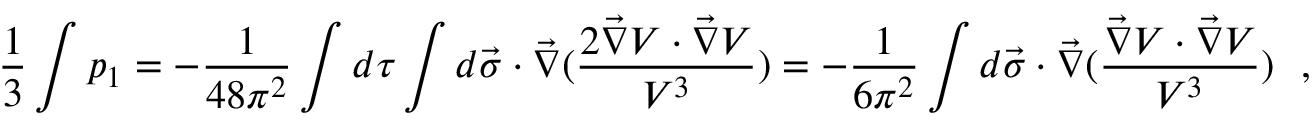
\frac { 1 } { 3 } \int p _ { 1 } = - \frac { 1 } { 4 8 \pi ^ { 2 } } \int d \tau \int d \vec { \sigma } \cdot \vec { \nabla } ( \frac { 2 \vec { \nabla } V \cdot \vec { \nabla } V } { V ^ { 3 } } ) = - \frac { 1 } { 6 \pi ^ { 2 } } \int d \vec { \sigma } \cdot \vec { \nabla } ( \frac { \vec { \nabla } V \cdot \vec { \nabla } V } { V ^ { 3 } } ) ~ ~ ,